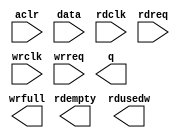
// megafunction wizard: %FIFO%VBB%
// GENERATION: STANDARD
// VERSION: WM1.0
// MODULE: dcfifo 

// ============================================================
// Megafunction Name(s):
// 			dcfifo
//
// Simulation Library Files(s):
// 			altera_mf
// ============================================================
// ************************************************************
// THIS IS A WIZARD-GENERATED FILE. DO NOT EDIT THIS FILE!
//
// 16.0.0 Build 211 04/27/2016 SJ Standard Edition
// ************************************************************

//Copyright (C) 1991-2016 Altera Corporation. All rights reserved.
//Your use of Altera Corporation's design tools, logic functions 
//and other software and tools, and its AMPP partner logic 
//functions, and any output files from any of the foregoing 
//(including device programming or simulation files), and any 
//associated documentation or information are expressly subject 
//to the terms and conditions of the Altera Program License 
//Subscription Agreement, the Altera Quartus Prime License Agreement,
//the Altera MegaCore Function License Agreement, or other 
//applicable license agreement, including, without limitation, 
//that your use is for the sole purpose of programming logic 
//devices manufactured by Altera and sold by Altera or its 
//authorized distributors.  Please refer to the applicable 
//agreement for further details.

module FIFO_16 (
	aclr,
	data,
	rdclk,
	rdreq,
	wrclk,
	wrreq,
	q,
	rdempty,
	rdusedw,
	wrfull);

	input	  aclr;
	input	[15:0]  data;
	input	  rdclk;
	input	  rdreq;
	input	  wrclk;
	input	  wrreq;
	output	[15:0]  q;
	output	  rdempty;
	output	[12:0]  rdusedw;
	output	  wrfull;
`ifndef ALTERA_RESERVED_QIS
// synopsys translate_off
`endif
	tri0	  aclr;
`ifndef ALTERA_RESERVED_QIS
// synopsys translate_on
`endif

endmodule

// ============================================================
// CNX file retrieval info
// ============================================================
// Retrieval info: PRIVATE: AlmostEmpty NUMERIC "0"
// Retrieval info: PRIVATE: AlmostEmptyThr NUMERIC "-1"
// Retrieval info: PRIVATE: AlmostFull NUMERIC "1"
// Retrieval info: PRIVATE: AlmostFullThr NUMERIC "255"
// Retrieval info: PRIVATE: CLOCKS_ARE_SYNCHRONIZED NUMERIC "0"
// Retrieval info: PRIVATE: Clock NUMERIC "4"
// Retrieval info: PRIVATE: Depth NUMERIC "8192"
// Retrieval info: PRIVATE: Empty NUMERIC "1"
// Retrieval info: PRIVATE: Full NUMERIC "0"
// Retrieval info: PRIVATE: INTENDED_DEVICE_FAMILY STRING "Cyclone IV E"
// Retrieval info: PRIVATE: LE_BasedFIFO NUMERIC "0"
// Retrieval info: PRIVATE: LegacyRREQ NUMERIC "1"
// Retrieval info: PRIVATE: MAX_DEPTH_BY_9 NUMERIC "0"
// Retrieval info: PRIVATE: OVERFLOW_CHECKING NUMERIC "0"
// Retrieval info: PRIVATE: Optimize NUMERIC "2"
// Retrieval info: PRIVATE: RAM_BLOCK_TYPE NUMERIC "0"
// Retrieval info: PRIVATE: SYNTH_WRAPPER_GEN_POSTFIX STRING "0"
// Retrieval info: PRIVATE: UNDERFLOW_CHECKING NUMERIC "0"
// Retrieval info: PRIVATE: UsedW NUMERIC "0"
// Retrieval info: PRIVATE: Width NUMERIC "16"
// Retrieval info: PRIVATE: dc_aclr NUMERIC "1"
// Retrieval info: PRIVATE: diff_widths NUMERIC "0"
// Retrieval info: PRIVATE: msb_usedw NUMERIC "0"
// Retrieval info: PRIVATE: output_width NUMERIC "16"
// Retrieval info: PRIVATE: rsEmpty NUMERIC "1"
// Retrieval info: PRIVATE: rsFull NUMERIC "0"
// Retrieval info: PRIVATE: rsUsedW NUMERIC "1"
// Retrieval info: PRIVATE: sc_aclr NUMERIC "1"
// Retrieval info: PRIVATE: sc_sclr NUMERIC "0"
// Retrieval info: PRIVATE: wsEmpty NUMERIC "0"
// Retrieval info: PRIVATE: wsFull NUMERIC "1"
// Retrieval info: PRIVATE: wsUsedW NUMERIC "0"
// Retrieval info: LIBRARY: altera_mf altera_mf.altera_mf_components.all
// Retrieval info: CONSTANT: INTENDED_DEVICE_FAMILY STRING "Cyclone IV E"
// Retrieval info: CONSTANT: LPM_NUMWORDS NUMERIC "8192"
// Retrieval info: CONSTANT: LPM_SHOWAHEAD STRING "OFF"
// Retrieval info: CONSTANT: LPM_TYPE STRING "dcfifo"
// Retrieval info: CONSTANT: LPM_WIDTH NUMERIC "16"
// Retrieval info: CONSTANT: LPM_WIDTHU NUMERIC "13"
// Retrieval info: CONSTANT: OVERFLOW_CHECKING STRING "ON"
// Retrieval info: CONSTANT: RDSYNC_DELAYPIPE NUMERIC "5"
// Retrieval info: CONSTANT: READ_ACLR_SYNCH STRING "OFF"
// Retrieval info: CONSTANT: UNDERFLOW_CHECKING STRING "ON"
// Retrieval info: CONSTANT: USE_EAB STRING "ON"
// Retrieval info: CONSTANT: WRITE_ACLR_SYNCH STRING "ON"
// Retrieval info: CONSTANT: WRSYNC_DELAYPIPE NUMERIC "5"
// Retrieval info: USED_PORT: aclr 0 0 0 0 INPUT GND "aclr"
// Retrieval info: USED_PORT: data 0 0 16 0 INPUT NODEFVAL "data[15..0]"
// Retrieval info: USED_PORT: q 0 0 16 0 OUTPUT NODEFVAL "q[15..0]"
// Retrieval info: USED_PORT: rdclk 0 0 0 0 INPUT NODEFVAL "rdclk"
// Retrieval info: USED_PORT: rdempty 0 0 0 0 OUTPUT NODEFVAL "rdempty"
// Retrieval info: USED_PORT: rdreq 0 0 0 0 INPUT NODEFVAL "rdreq"
// Retrieval info: USED_PORT: rdusedw 0 0 13 0 OUTPUT NODEFVAL "rdusedw[12..0]"
// Retrieval info: USED_PORT: wrclk 0 0 0 0 INPUT NODEFVAL "wrclk"
// Retrieval info: USED_PORT: wrfull 0 0 0 0 OUTPUT NODEFVAL "wrfull"
// Retrieval info: USED_PORT: wrreq 0 0 0 0 INPUT NODEFVAL "wrreq"
// Retrieval info: CONNECT: @aclr 0 0 0 0 aclr 0 0 0 0
// Retrieval info: CONNECT: @data 0 0 16 0 data 0 0 16 0
// Retrieval info: CONNECT: @rdclk 0 0 0 0 rdclk 0 0 0 0
// Retrieval info: CONNECT: @rdreq 0 0 0 0 rdreq 0 0 0 0
// Retrieval info: CONNECT: @wrclk 0 0 0 0 wrclk 0 0 0 0
// Retrieval info: CONNECT: @wrreq 0 0 0 0 wrreq 0 0 0 0
// Retrieval info: CONNECT: q 0 0 16 0 @q 0 0 16 0
// Retrieval info: CONNECT: rdempty 0 0 0 0 @rdempty 0 0 0 0
// Retrieval info: CONNECT: rdusedw 0 0 13 0 @rdusedw 0 0 13 0
// Retrieval info: CONNECT: wrfull 0 0 0 0 @wrfull 0 0 0 0
// Retrieval info: GEN_FILE: TYPE_NORMAL FIFO_16.v TRUE
// Retrieval info: GEN_FILE: TYPE_NORMAL FIFO_16.inc FALSE
// Retrieval info: GEN_FILE: TYPE_NORMAL FIFO_16.cmp FALSE
// Retrieval info: GEN_FILE: TYPE_NORMAL FIFO_16.bsf FALSE
// Retrieval info: GEN_FILE: TYPE_NORMAL FIFO_16_inst.v TRUE
// Retrieval info: GEN_FILE: TYPE_NORMAL FIFO_16_bb.v TRUE
// Retrieval info: LIB_FILE: altera_mf